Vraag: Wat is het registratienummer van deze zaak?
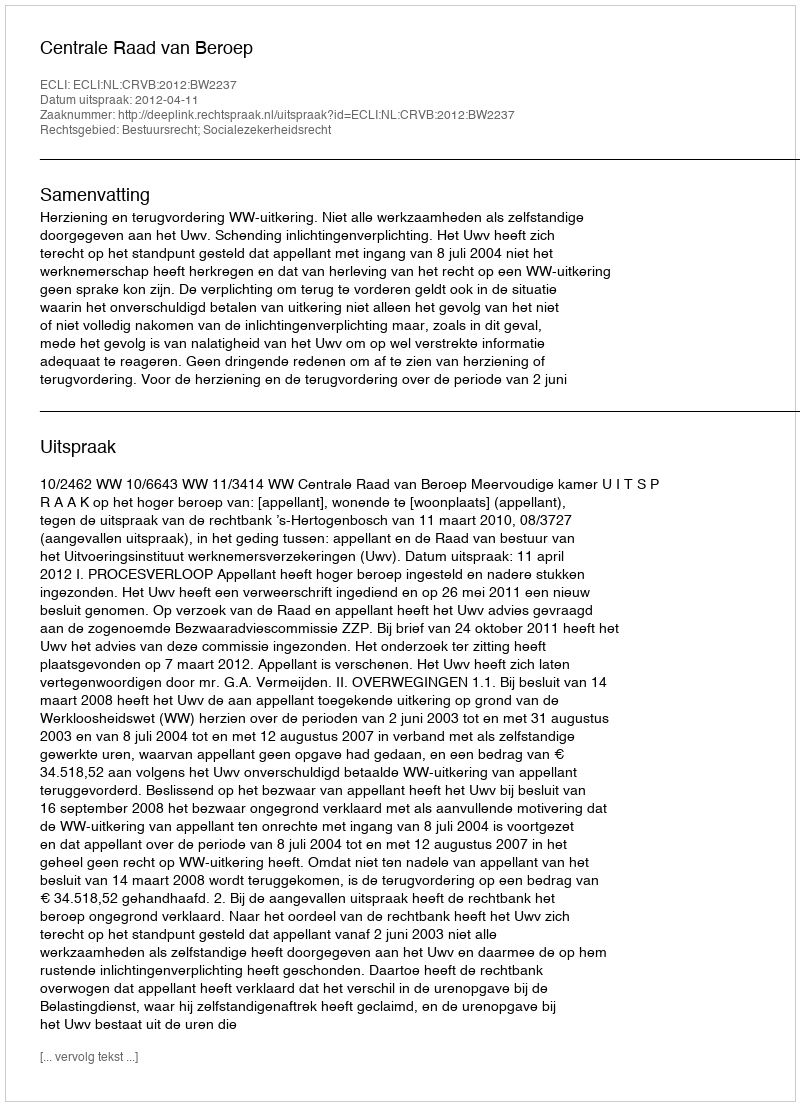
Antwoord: http://deeplink.rechtspraak.nl/uitspraak?id=ECLI:NL:CRVB:2012:BW2237